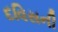
દવિસની